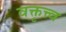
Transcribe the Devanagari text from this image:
वक्तृत्त्व